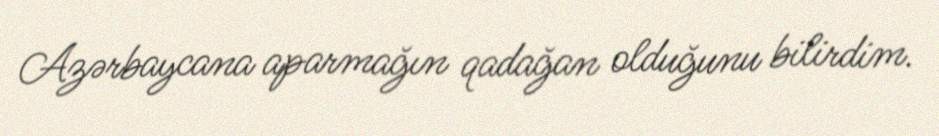
Azərbaycana aparmağın qadağan olduğunu bilirdim.